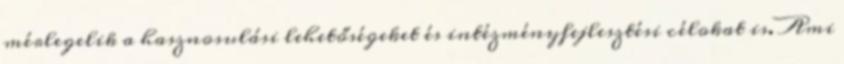
mérlegelik a hasznosulási lehetőségeket és intézményfejlesztési célokat is. Ami